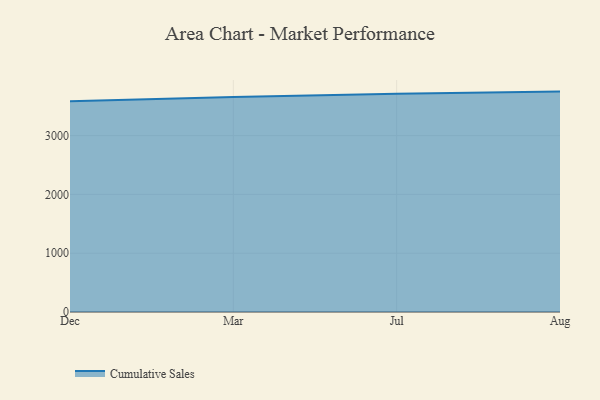
{"axis": {"x": "Month", "y": "LTV (USD)"}, "legend": ["Cumulative Sales"], "data": [{"x": "Dec", "y": 3584.4, "type": "Cumulative Sales"}, {"x": "Mar", "y": 3658.3, "type": "Cumulative Sales"}, {"x": "Jul", "y": 3712.1, "type": "Cumulative Sales"}, {"x": "Aug", "y": 3749.0, "type": "Cumulative Sales"}]}